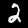
Label: 2